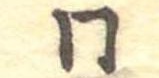
同